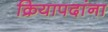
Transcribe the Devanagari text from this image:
क्रियापदांना